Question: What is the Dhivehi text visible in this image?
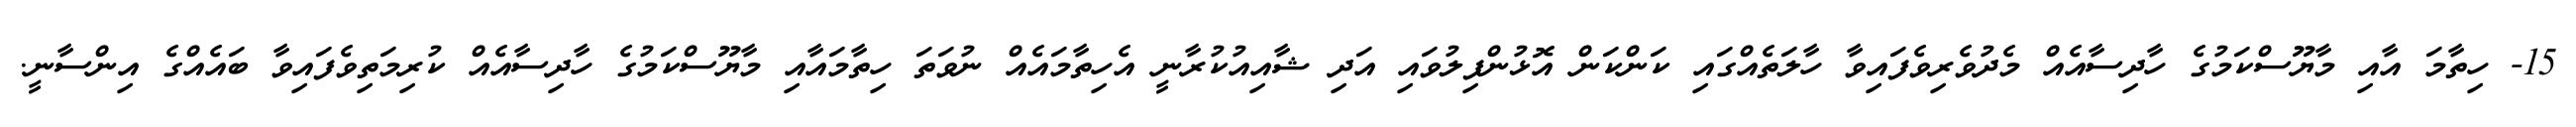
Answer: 15- ހިތާމަ އާއި މާޔޫސްކަމުގެ ހާދިސާއެއް މެދުވެރިވެފައިވާ ހާލަތެއްގައި ކަންކަން އޮޅުންފިލުވައި އަދި ޝާއިއުކުރާނީ އެހިތާމައެއް ނުވަތަ ހިތާމައާއި މާޔޫސްކަމުގެ ހާދިސާއެއް ކުރިމަތިވެފައިވާ ބައެއްގެ އިންސާނީ.